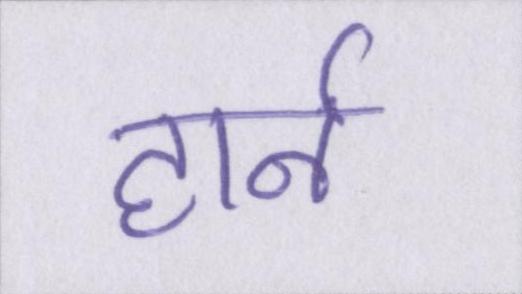
हार्न